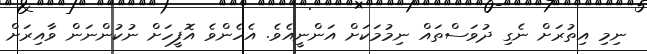
ނިމި އިތުރަށް ނެގި ދުވަސްތައް ނިމުމަކަށް އަންނީއެވެ. އެހެންވެ އޮފީހަށް ނުކުންނަން ވާއިރަށް